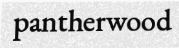
pantherwood